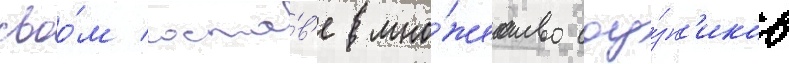
своо́м соста́в'е мно́жество соу́зн'иков